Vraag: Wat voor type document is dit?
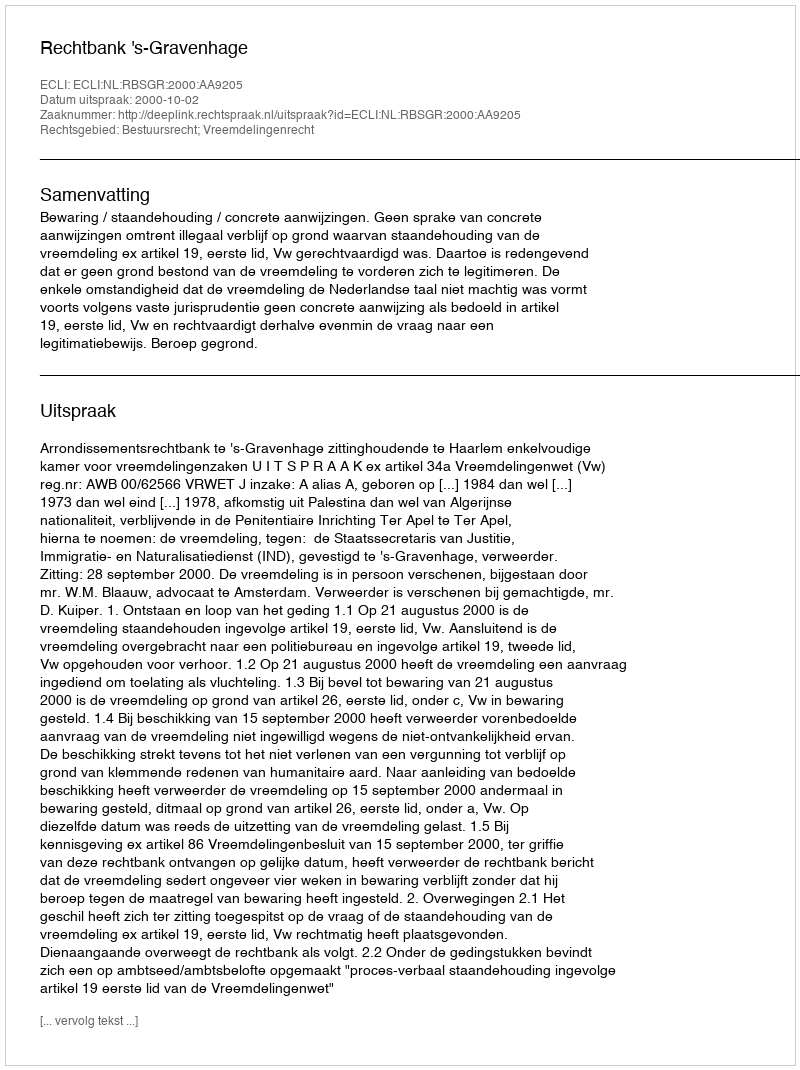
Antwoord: Uitspraak